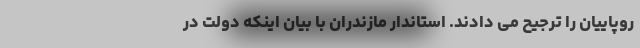
روپاییان را ترجیح می دادند. استاندار مازندران با بیان اینکه دولت در